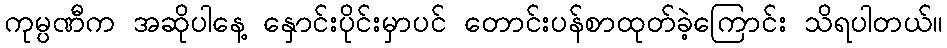
ကုမ္ပဏီက အဆိုပါနေ့ နှောင်းပိုင်းမှာပင် တောင်းပန်စာထုတ်ခဲ့ကြောင်း သိရပါတယ်။